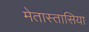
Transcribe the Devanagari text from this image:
मेतास्तासिया